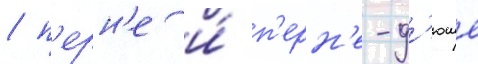
/ п'ерн'е и́ п'ерн'е-д'юше